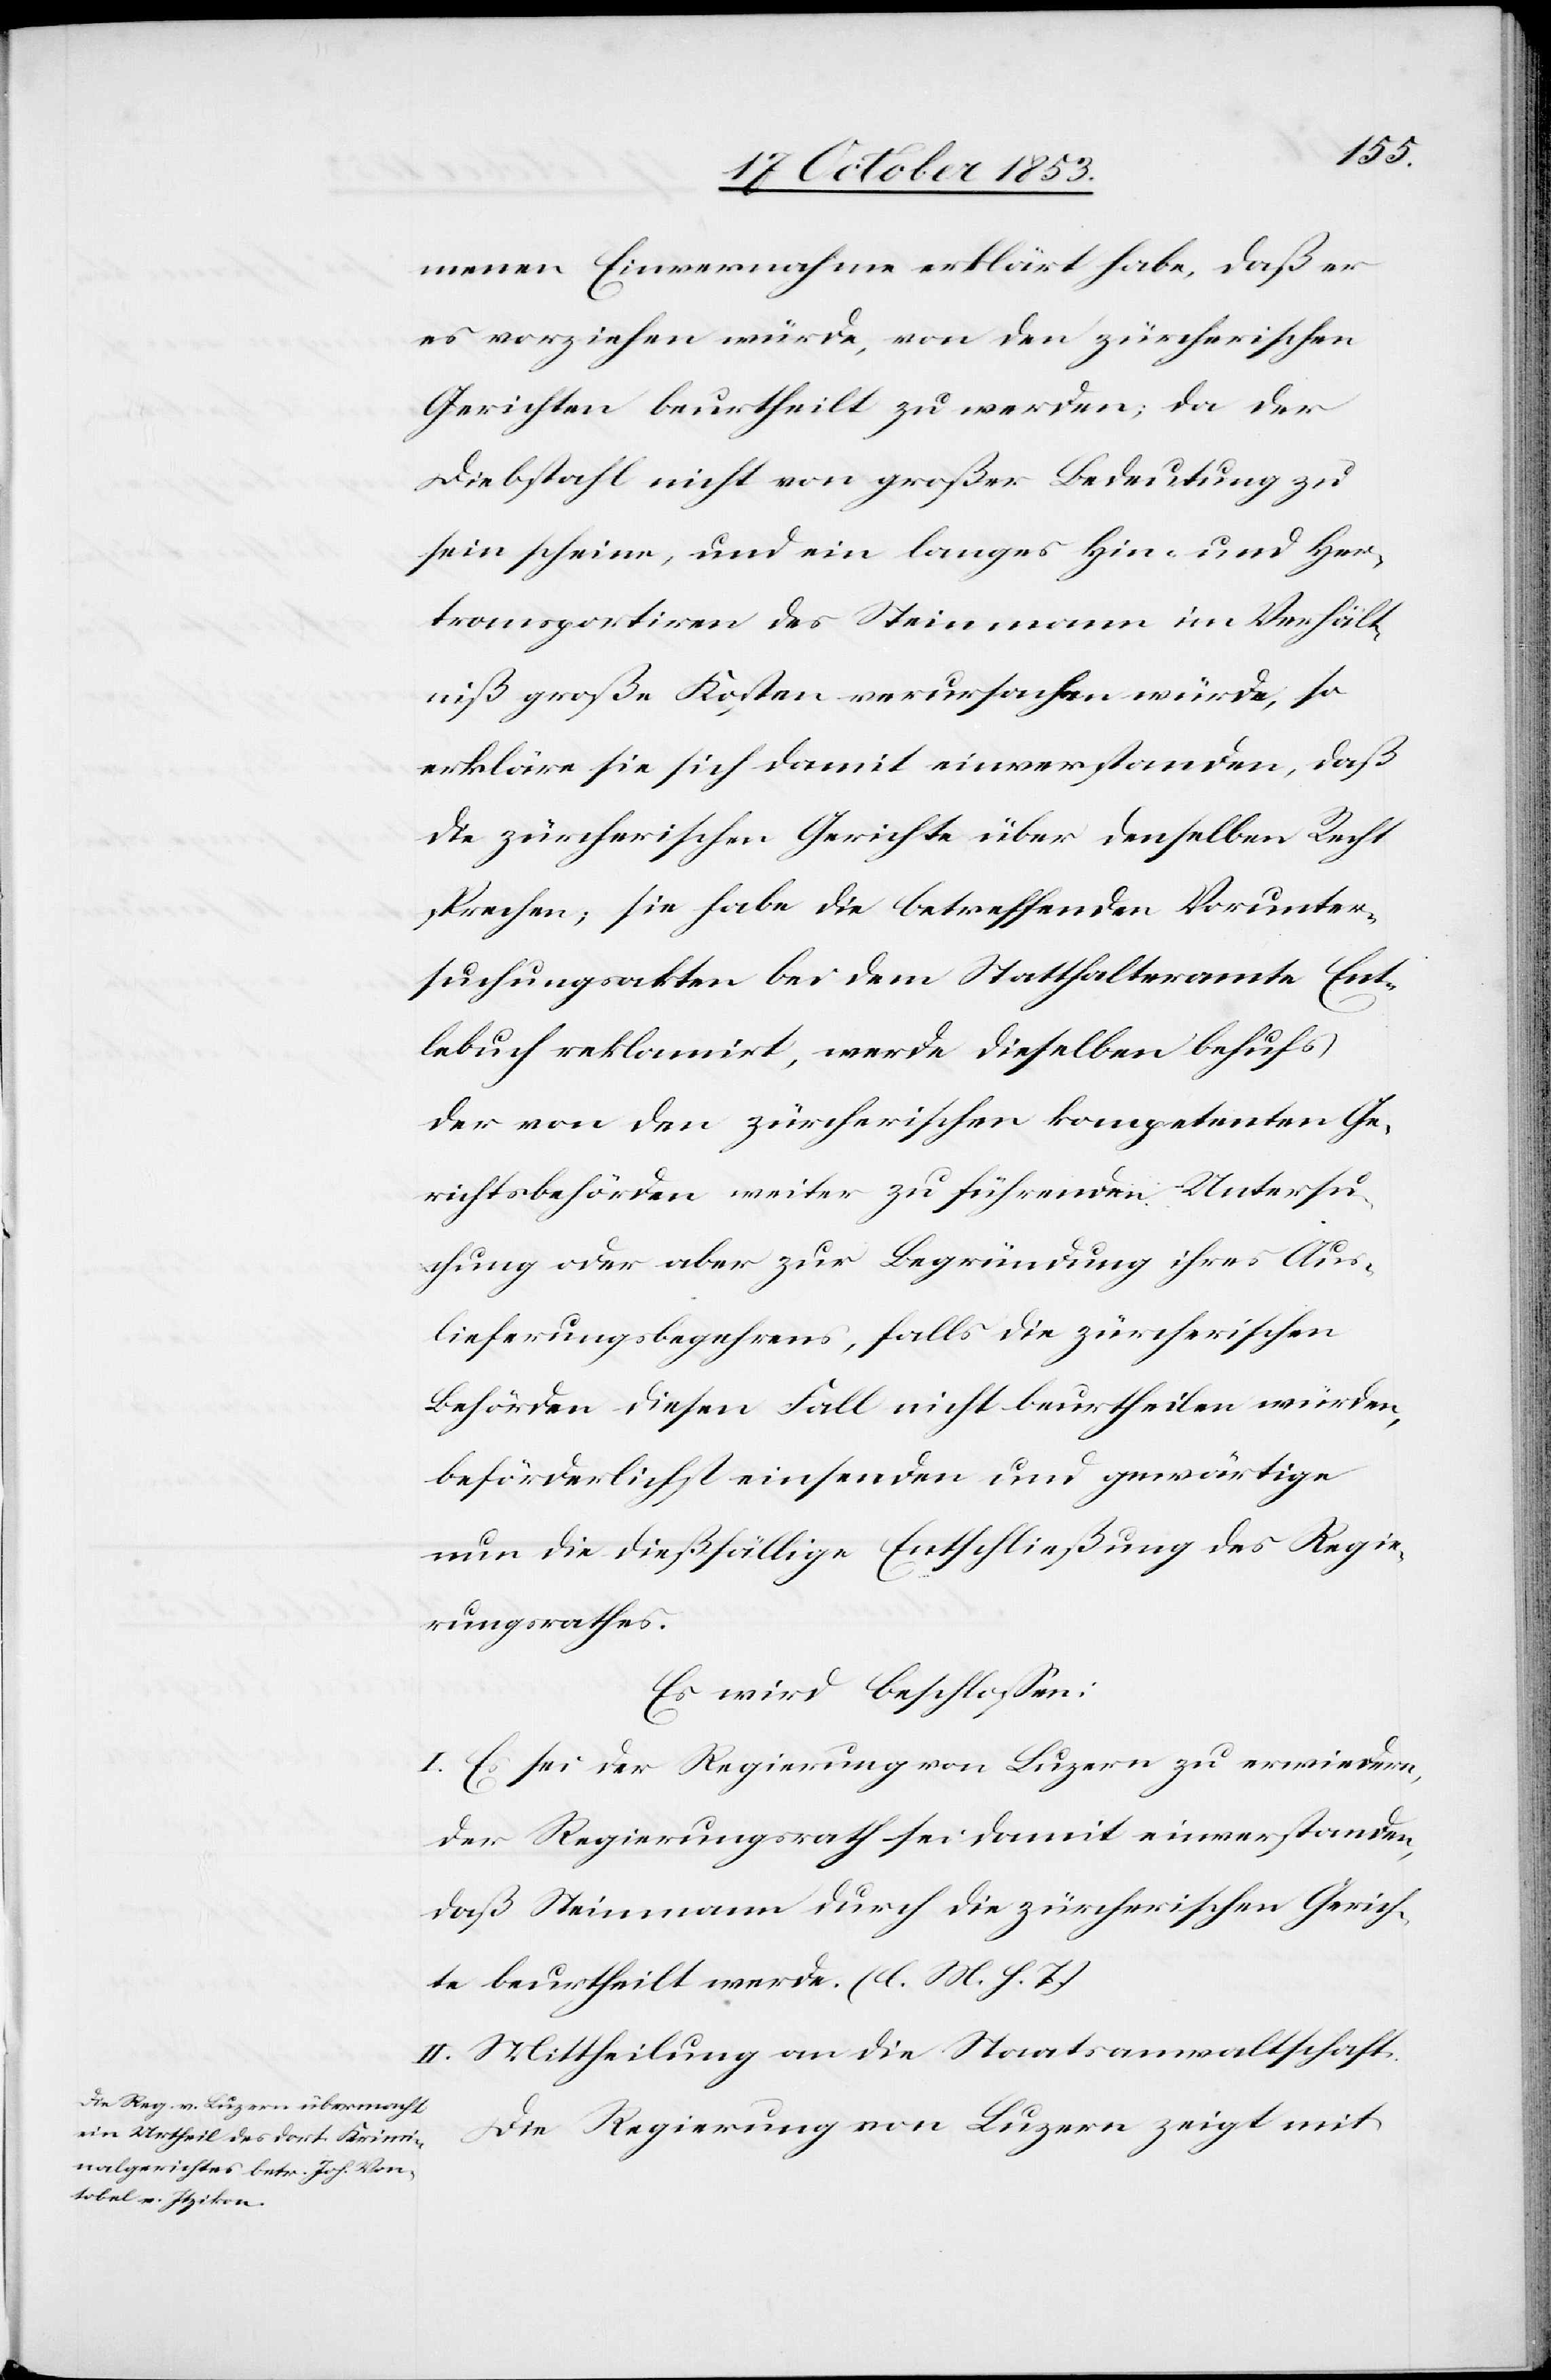
menen Einvernahme erklärt habe, daß er
es vorziehen würde, von den zürcherischen
Gerichten beurtheilt zu werden; da der
Diebstahl nicht von großer Bedeutung zu
sein scheine, und ein langes hin- und her¬
transportiren des Steinmann im Verhält¬
niß große Kosten verursachen würde, so
erkläre sie sich damit einverstanden, daß
die zürcherischen Gerichte über denselben Recht
sprechen; sie habe die betreffenden Vorunter¬
suchungsakten bei dem Statthalteramte Ent¬
lebuch reklamirt, werde dieselben behufs
der von den zürcherischen kompetenten Ge¬
richtsbehörden weiter zu führenden Untersu¬
chung oder aber zur Begründung ihres Aus¬
lieferungsbegehrens, falls die zürcherischen
Behörden diesen Fall nicht beurtheilen würden,
beförderlichst einsenden und gewärtige
nur die dießfällige Entschließung des Regie¬
rungsrathes.
Es wird beschloßen:
I. Es sei der Regierung von Luzern zu erwiedern,
der Regierungsrath sei damit einverstanden,
daß Steinmann durch die zürcherischen Gerich¬
te beurtheilt werde. [l. M. h. T]
II. Mittheilung an die Staatsanwaltschaft.
Die Regierung von Luzern zeigt mit